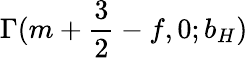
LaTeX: \Gamma(m+{\frac{3}{2}}-f,0;b_{H})